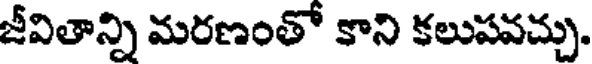
జీవితాన్ని మరణంతో కాని కలుపవచ్చు.